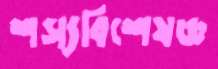
শস্যবিশেষজ্ঞ